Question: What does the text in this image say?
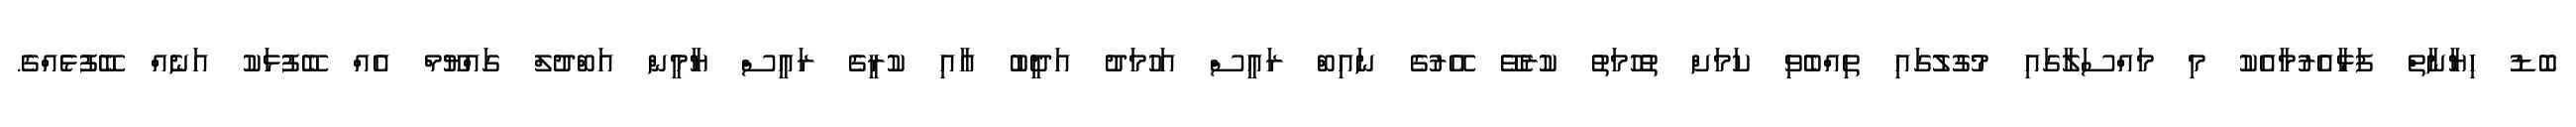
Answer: ބޮޑު ހިޔާނާތް ފަޅާއެރުމާއެކު މި މައްސަލާގައި މުގުލުގައި ތިއްބެވި ކަމަށް ތުހުމަތު ކުރެވޭ އޭރުގެ ނައިބް ރައީސް އަހުމަދު އަދީބު އާއި ކުރީގެ ރައީސް ޔާމީން އަބްދުލް ގައްޔޫމް އެއް ބޭފުޅަކު އަނެއް ބޭފުޅެއްގެ.